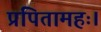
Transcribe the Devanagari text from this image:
प्रपितामहः।